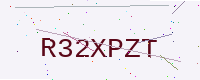
Text: R32XPZT